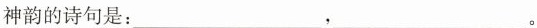
神韵的诗句是：_____，___。